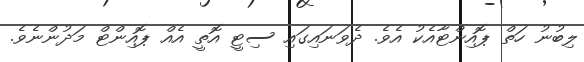
ލިބުނު ހަތް ޕޮއިންޓާއެކު އެވެ. ދެވަނައިގައި ސިޓީ އޮތީ އެއް ޕޮއިންޓް މަދުންނެވެ.